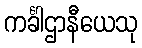
ကင်္ခါဌာနီယေသု